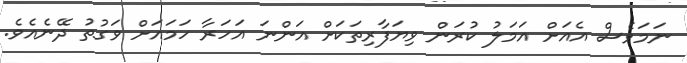
ނަމަވެސް އެއަށް އަމަލު ކުރަން ވިޔަފާރިތަކަށް އަންނަ އަހަރާ ހަމައަށް ވަގުތު ދޭނެއެވެ.